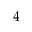
^ { 4 }